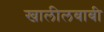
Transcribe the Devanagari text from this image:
खालीलबाबी